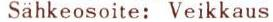
Sähkeosoite: Veikkaus